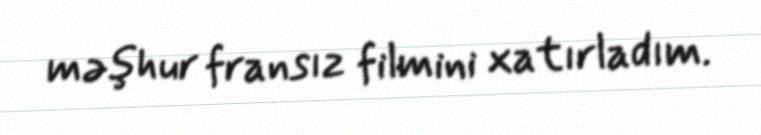
məşhur fransız filmini xatırladım.